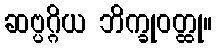
ဆဗ္ပဂ္ဂိယ ဘိက္ခုဝတ္ထု။